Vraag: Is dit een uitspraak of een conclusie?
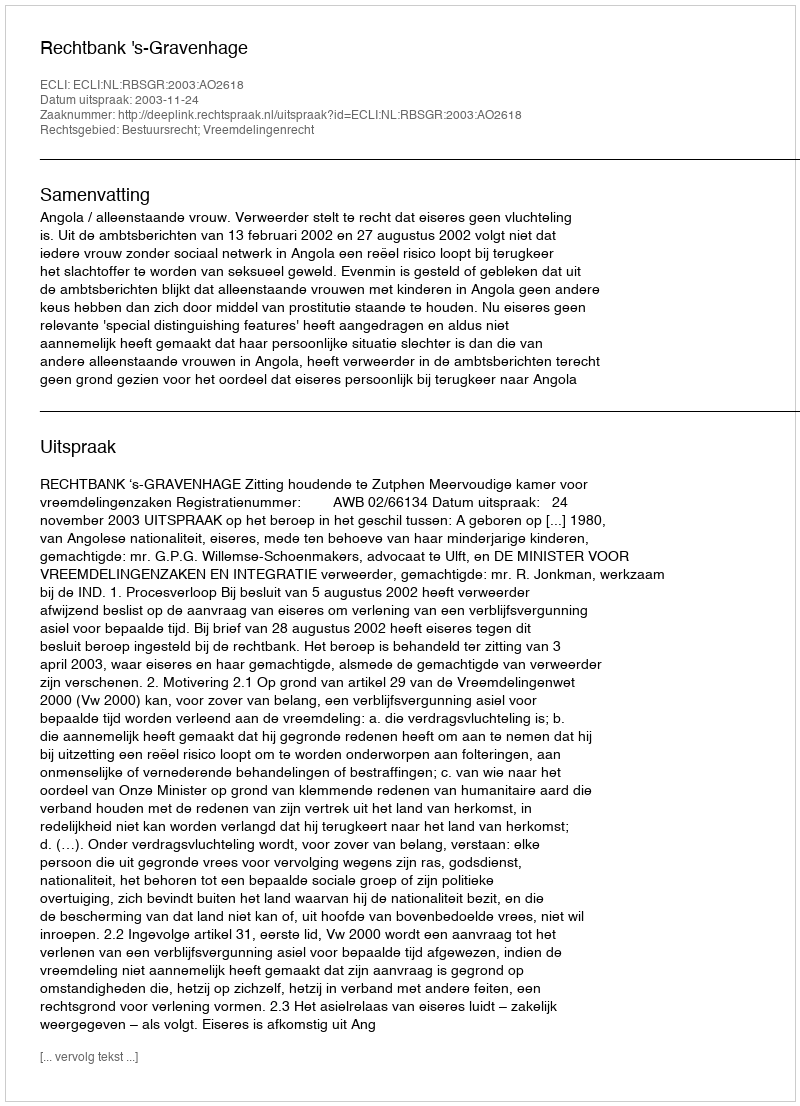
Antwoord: Uitspraak